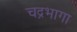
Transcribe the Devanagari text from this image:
चद्रभागा